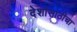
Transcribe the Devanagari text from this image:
देशांसाठीचा